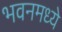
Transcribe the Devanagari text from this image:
भवनमध्ये